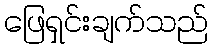
ဖြေရှင်းချက်သည်